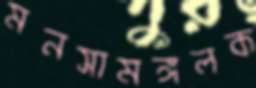
মনসামঙ্গলক